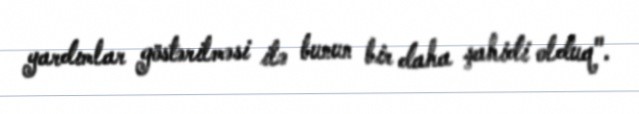
yardımlar göstərilməsi ilə bunun bir daha şahidi olduq".